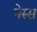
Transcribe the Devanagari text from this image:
नेरुस